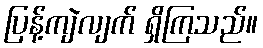
ပြန့်ကျဲလျက် ရှိကြသည်။